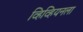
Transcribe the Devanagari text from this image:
व्हिव्हियनला